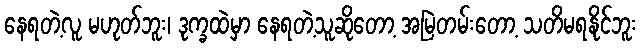
နေရတဲ့လူ မဟုတ်ဘူး၊ ဒုက္ခထဲမှာ နေရတဲ့သူဆိုတော့ အမြဲတမ်းတော့ သတိမရနိုင်ဘူး